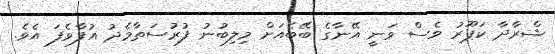
ޝްރާދާ ކަޕޫރު ވެސް ވަނީ އޭނާގެ ބޭބެއަށް މިލިބުނު ފުރުސަތާމެދު އުފާވެފަ އެވެ.